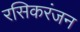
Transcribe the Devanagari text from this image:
रसिकरंजन